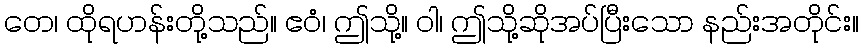
တေ၊ ထိုရဟန်းတို့သည်။ ဧဝံ၊ ဤသို့။ ဝါ၊ ဤသို့ဆိုအပ်ပြီးသော နည်းအတိုင်း။